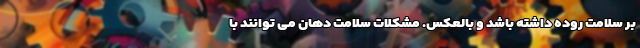
بر سلامت روده داشته باشد و بالعکس. مشکلات سلامت دهان می توانند با